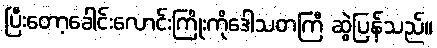
ပြီးတော့ခေါင်းလောင်းကြိုးကိုဒေါသတကြီ ဆွဲပြန်သည်။